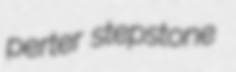
perter stepstone